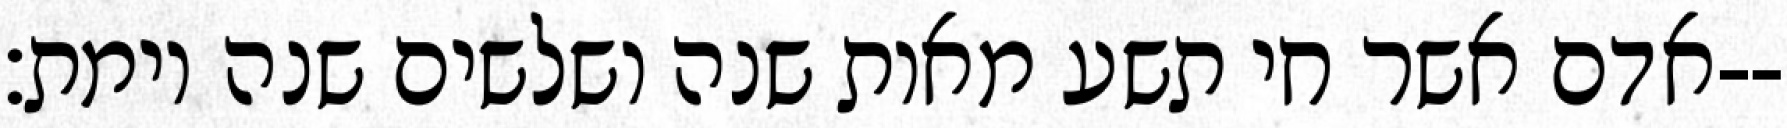
אדם אשר חי תשע מאות שנה ושלשים שנה וימת׃--